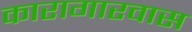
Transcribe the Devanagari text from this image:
कारागारवास